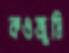
কওজুমি